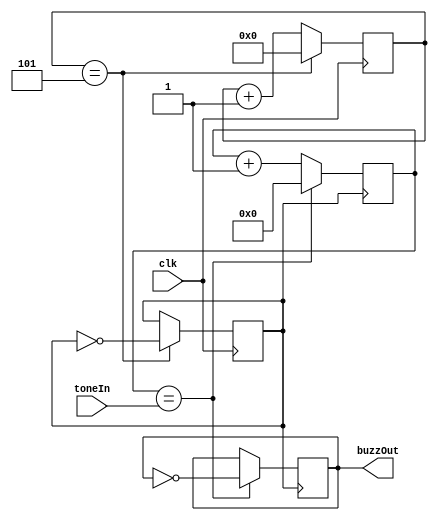
module toneOut(clk, toneIn, buzzOut);
input clk; // 50MHz
input [14:0] toneIn;
output reg buzzOut;

reg clk1;
reg [4:0] clkCount;
reg [14:0] i = 0;

always @(posedge clk)begin
	clkCount <= clkCount + 1;
	if(clkCount == 5)begin
		clkCount <= 0;
		clk1 <= ~clk1;
	end
end

always @(posedge clk1)begin // 50MHz / 10 = 5MHz
	if(i == toneIn)begin
		i <= 0;
		buzzOut <= !buzzOut;
	end
	else
		i <= i + 1;
end

endmodule